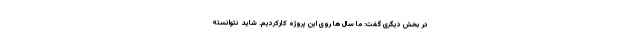
در بخش دیگری گفت: ما سال ها روی این پروژه کارکردیم. شاید نتوانسته